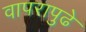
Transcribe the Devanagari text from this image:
वापरापुढे